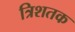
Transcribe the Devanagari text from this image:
त्रिशतक